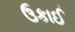
ઉકાઈ